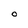
Character: o